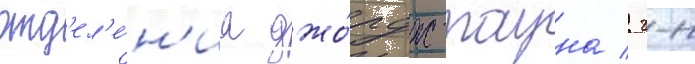
отд'ел'е́н'иа джо́рдж-тауна / г-н